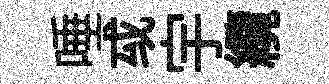
唾㦯宇纜